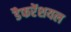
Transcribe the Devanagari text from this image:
डैफरेंशयल